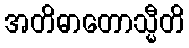
အတိဓာတောသ္မီတိ